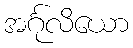
အင်္ဂုလိယော